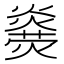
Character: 𤐥